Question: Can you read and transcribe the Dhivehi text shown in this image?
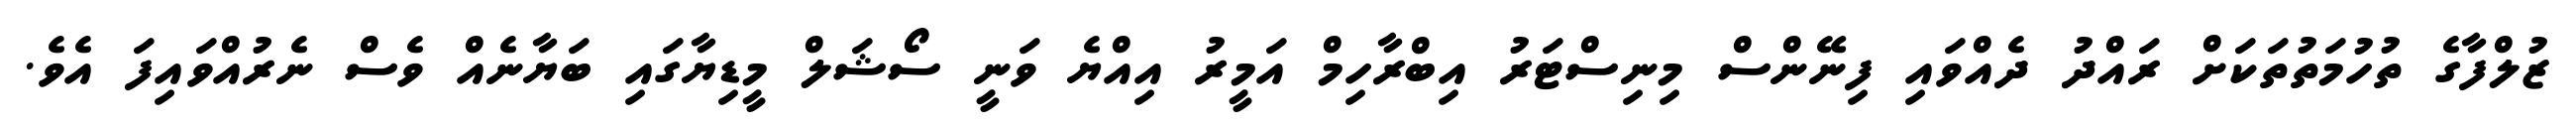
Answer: ޒުލްފާގެ ތުހުމަތުތަކަށް ރައްދު ދެއްވައި ފިނޭންސް މިނިސްޓަރު އިބްރާހިމް އަމީރު އިއްޔެ ވަނީ ސޯޝަލް މީޑިޔާގައި ބަޔާނެއް ވެސް ނެރުއްވައިފަ އެވެ.